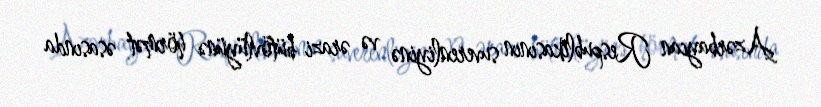
Azərbaycan Respublikasının suverenliyinə və ərazi bütövlüyünə hörmət əsasında